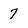
Character: 7